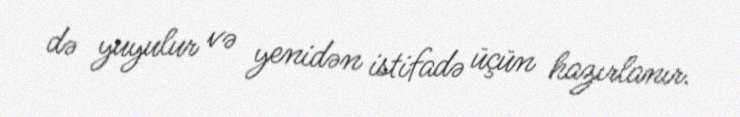
də yuyulur və yenidən istifadə üçün hazırlanır.